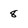
Character: 8